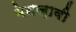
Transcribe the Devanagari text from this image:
मेनज़ावी